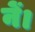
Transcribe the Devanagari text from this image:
नें।